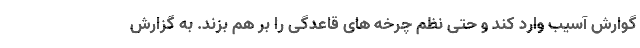
گوارش آسیب وارد کند و حتی نظم چرخه های قاعدگی را بر هم بزند. به گزارش